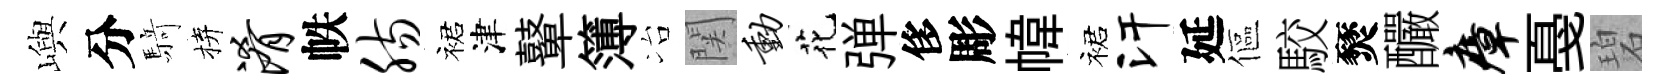
嶼分𮪍拚淆帙肠裙津鼙簿冶関动花弹侈彫幃裙汗延傴駮燹釅瘴戞碧